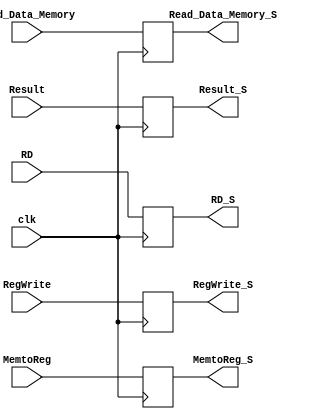
`timescale 1ns / 1ps

module MEM_WB_Reg(
    input clk, 
    input RegWrite, MemtoReg,
    input [63:0] Read_Data_Memory, Result, 
    input [4:0] RD,
    
    output reg RegWrite_S, MemtoReg_S,
    output reg [63:0] Read_Data_Memory_S, Result_S,
    output reg [4:0] RD_S
);

    always @(posedge clk) 
    begin
        RegWrite_S = RegWrite;
        MemtoReg_S = MemtoReg;
        Read_Data_Memory_S = Read_Data_Memory;
        Result_S = Result;
        RD_S = RD;
    end
    
endmodule